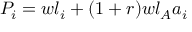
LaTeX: P _ { i } = w l _ { i } + ( 1 + r ) w l _ { A } a _ { i }